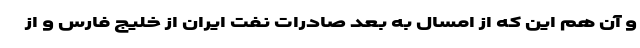
و آن هم این که از امسال به بعد صادرات نفت ایران از خلیج فارس و از